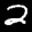
Digit: 2